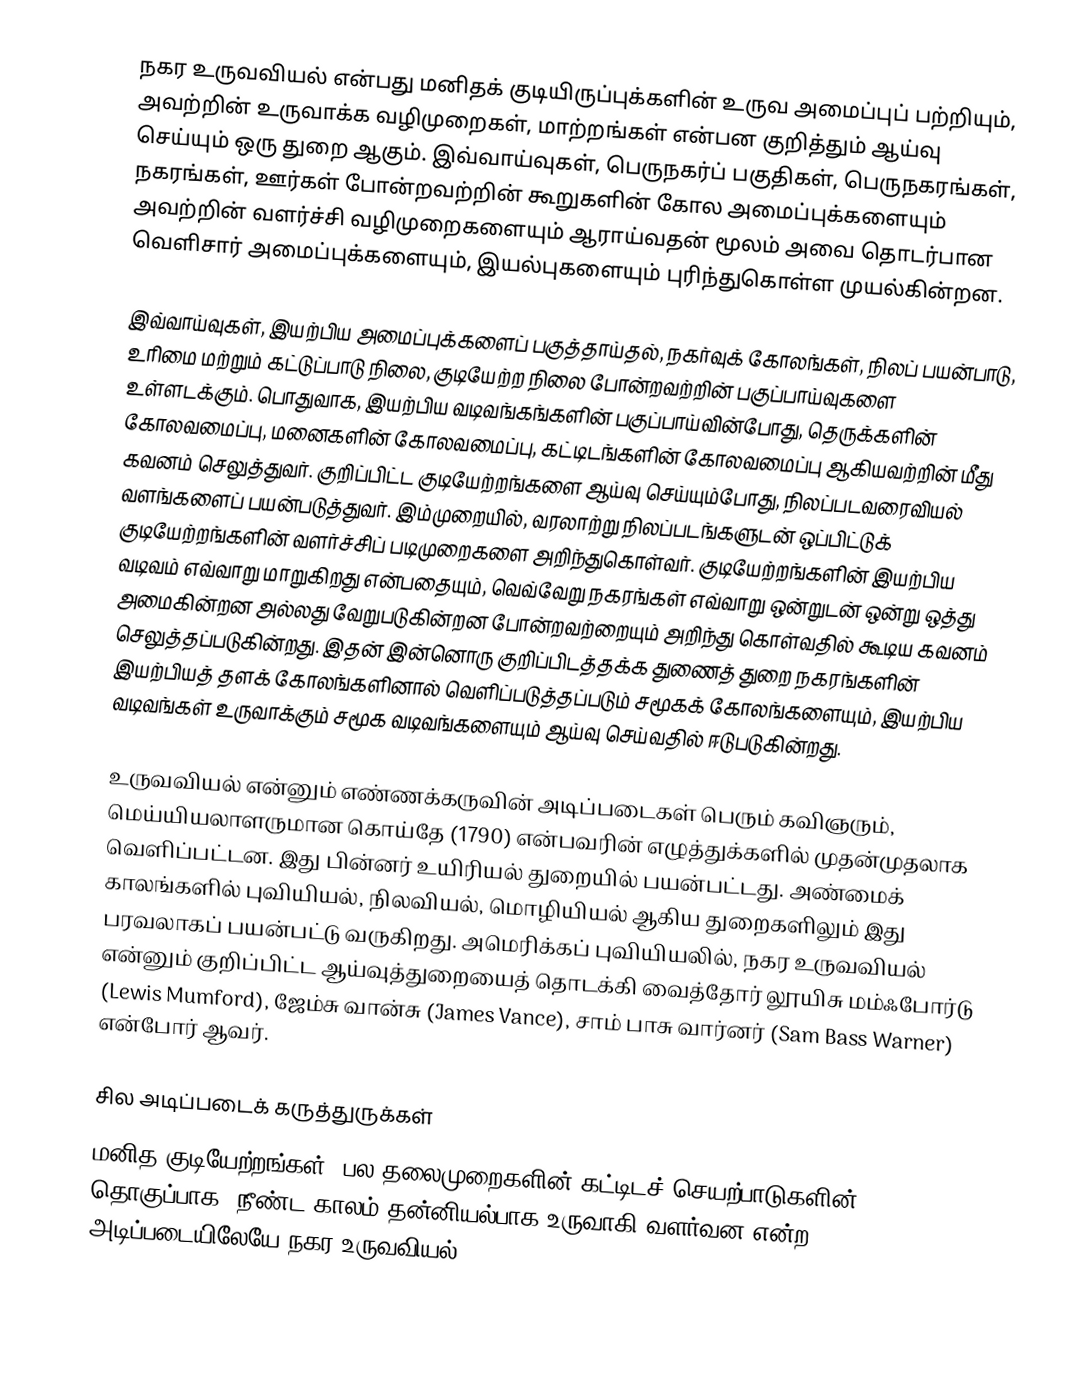
நகர உருவவியல் என்பது மனிதக் குடியிருப்புக்களின் உருவ அமைப்புப் பற்றியும், அவற்றின் உருவாக்க வழிமுறைகள், மாற்றங்கள் என்பன குறித்தும் ஆய்வு செய்யும் ஒரு துறை ஆகும். இவ்வாய்வுகள், பெருநகர்ப் பகுதிகள், பெருநகரங்கள், நகரங்கள், ஊர்கள் போன்றவற்றின் கூறுகளின் கோல அமைப்புக்களையும் அவற்றின் வளர்ச்சி வழிமுறைகளையும் ஆராய்வதன் மூலம் அவை தொடர்பான வெளிசார் அமைப்புக்களையும், இயல்புகளையும் புரிந்துகொள்ள முயல்கின்றன.

இவ்வாய்வுகள், இயற்பிய அமைப்புக்களைப் பகுத்தாய்தல், நகர்வுக் கோலங்கள், நிலப் பயன்பாடு, உரிமை மற்றும் கட்டுப்பாடு நிலை, குடியேற்ற நிலை போன்றவற்றின் பகுப்பாய்வுகளை உள்ளடக்கும். பொதுவாக, இயற்பிய வடிவங்கங்களின் பகுப்பாய்வின்போது, தெருக்களின் கோலவமைப்பு, மனைகளின் கோலவமைப்பு, கட்டிடங்களின் கோலவமைப்பு ஆகியவற்றின் மீது கவனம் செலுத்துவர். குறிப்பிட்ட குடியேற்றங்களை ஆய்வு செய்யும்போது, நிலப்படவரைவியல் வளங்களைப் பயன்படுத்துவர். இம்முறையில், வரலாற்று நிலப்படங்களுடன் ஒப்பிட்டுக் குடியேற்றங்களின் வளர்ச்சிப் படிமுறைகளை அறிந்துகொள்வர். குடியேற்றங்களின் இயற்பிய வடிவம் எவ்வாறு மாறுகிறது என்பதையும், வெவ்வேறு நகரங்கள் எவ்வாறு ஒன்றுடன் ஒன்று ஒத்து அமைகின்றன அல்லது வேறுபடுகின்றன போன்றவற்றையும் அறிந்து கொள்வதில் கூடிய கவனம் செலுத்தப்படுகின்றது. இதன் இன்னொரு குறிப்பிடத்தக்க துணைத் துறை நகரங்களின் இயற்பியத் தளக் கோலங்களினால் வெளிப்படுத்தப்படும் சமூகக் கோலங்களையும், இயற்பிய வடிவங்கள் உருவாக்கும் சமூக வடிவங்களையும் ஆய்வு செய்வதில் ஈடுபடுகின்றது.

உருவவியல் என்னும் எண்ணக்கருவின் அடிப்படைகள் பெரும் கவிஞரும், மெய்யியலாளருமான கொய்தே (1790) என்பவரின் எழுத்துக்களில் முதன்முதலாக வெளிப்பட்டன. இது பின்னர் உயிரியல் துறையில் பயன்பட்டது. அண்மைக் காலங்களில் புவியியல், நிலவியல், மொழியியல் ஆகிய துறைகளிலும் இது பரவலாகப் பயன்பட்டு வருகிறது. அமெரிக்கப் புவியியலில், நகர உருவவியல் என்னும் குறிப்பிட்ட ஆய்வுத்துறையைத் தொடக்கி வைத்தோர் லூயிசு மம்ஃபோர்டு (Lewis Mumford), ஜேம்சு வான்சு (James Vance), சாம் பாசு வார்னர் (Sam Bass Warner) என்போர் ஆவர்.

சில அடிப்படைக் கருத்துருக்கள்
மனித குடியேற்றங்கள், பல தலைமுறைகளின் கட்டிடச் செயற்பாடுகளின் தொகுப்பாக, நீண்ட காலம் தன்னியல்பாக உருவாகி வளர்வன என்ற அடிப்படையிலேயே நகர உருவவியல்